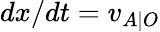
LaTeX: dx/dt=v_{A\mid O}